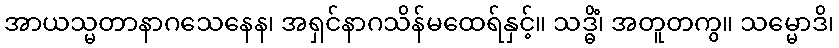
အာယသ္မတာနာဂသေနေန၊ အရှင်နာဂသိန်မထေရ်နှင့်။ သဒ္ဓိံ၊ အတူတကွ။ သမ္မောဒိ၊